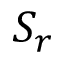
S _ { r }